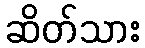
ဆိတ်သား